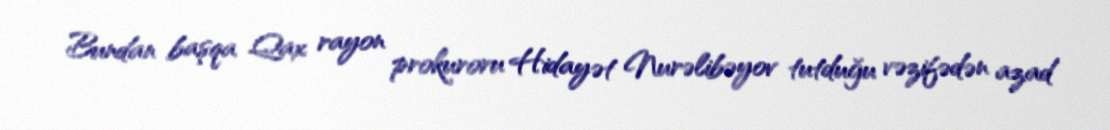
Bundan başqa Qax rayon prokuroru Hidayət Nurəlibəyov tutduğu vəzifədən azad